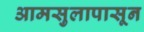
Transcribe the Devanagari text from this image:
आमसुलापासून